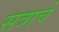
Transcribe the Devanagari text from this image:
सत्राचे